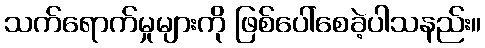
သက်ရောက်မှုများကို ဖြစ်ပေါ်စေခဲ့ပါသနည်း။